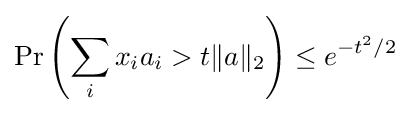
\Pr \left(\sum _{i}x_{i}a_{i}>t\|a\|_{2}\right)\leq e^{-t^{2}/2}